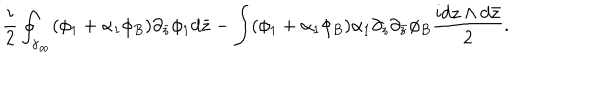
\frac { i } { 2 } \oint _ { \gamma _ { \infty } } ( \phi _ { 1 } + \alpha _ { 1 } \phi _ { B } ) \partial _ { \bar { z } } \phi _ { 1 } d \bar { z } - \int ( \phi _ { 1 } + \alpha _ { 1 } \phi _ { B } ) \alpha _ { 1 } \partial _ { z } \partial _ { \bar { z } } \phi _ { B } \frac { i d z \wedge d \bar { z } } { 2 } .